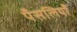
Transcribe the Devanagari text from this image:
पँसलियाँ